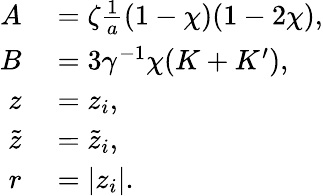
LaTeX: \begin{array}{rl}{A}&{{}=\zeta\frac{1}{a}(1-\chi)(1-2\chi),}\\ {B}&{{}=3\gamma^{-1}\chi(K+K^{\prime}),}\\ {z}&{{}=z_{i},}\\ {\tilde{z}}&{{}=\tilde{z}_{i},}\\ {r}&{{}=|z_{i}|.}\end{array}